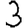
Digit: 3